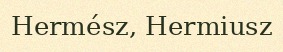
Hermész, Hermiusz